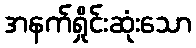
အနက်ရှိုင်းဆုံးသော